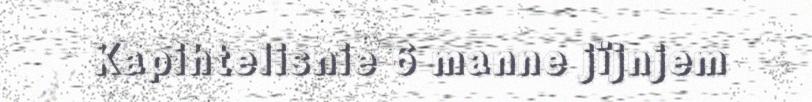
Kapihtelisnie 6 manne jïjnjem